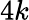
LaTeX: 4k